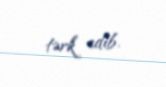
tərk edib.